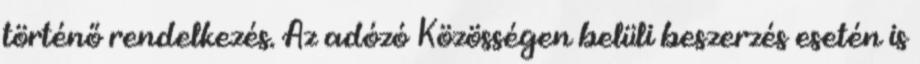
történő rendelkezés. Az adózó Közösségen belüli beszerzés esetén is